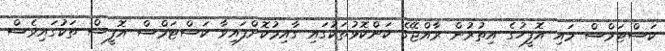
ކަސްޓަމްސް މައި އޮފީހުގެ އިތުރުން ރާއްޖޭގެ ކަންކޮޅުތަކުގައި ގާއިމުކޮށްފައިވާ ކަސްޓަމްސް އޮފީސް ތަކުގައިވެސް